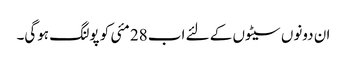
ان دونوں سیٹوں کے لئے اب 28 مئی کو پولنگ ہوگی۔